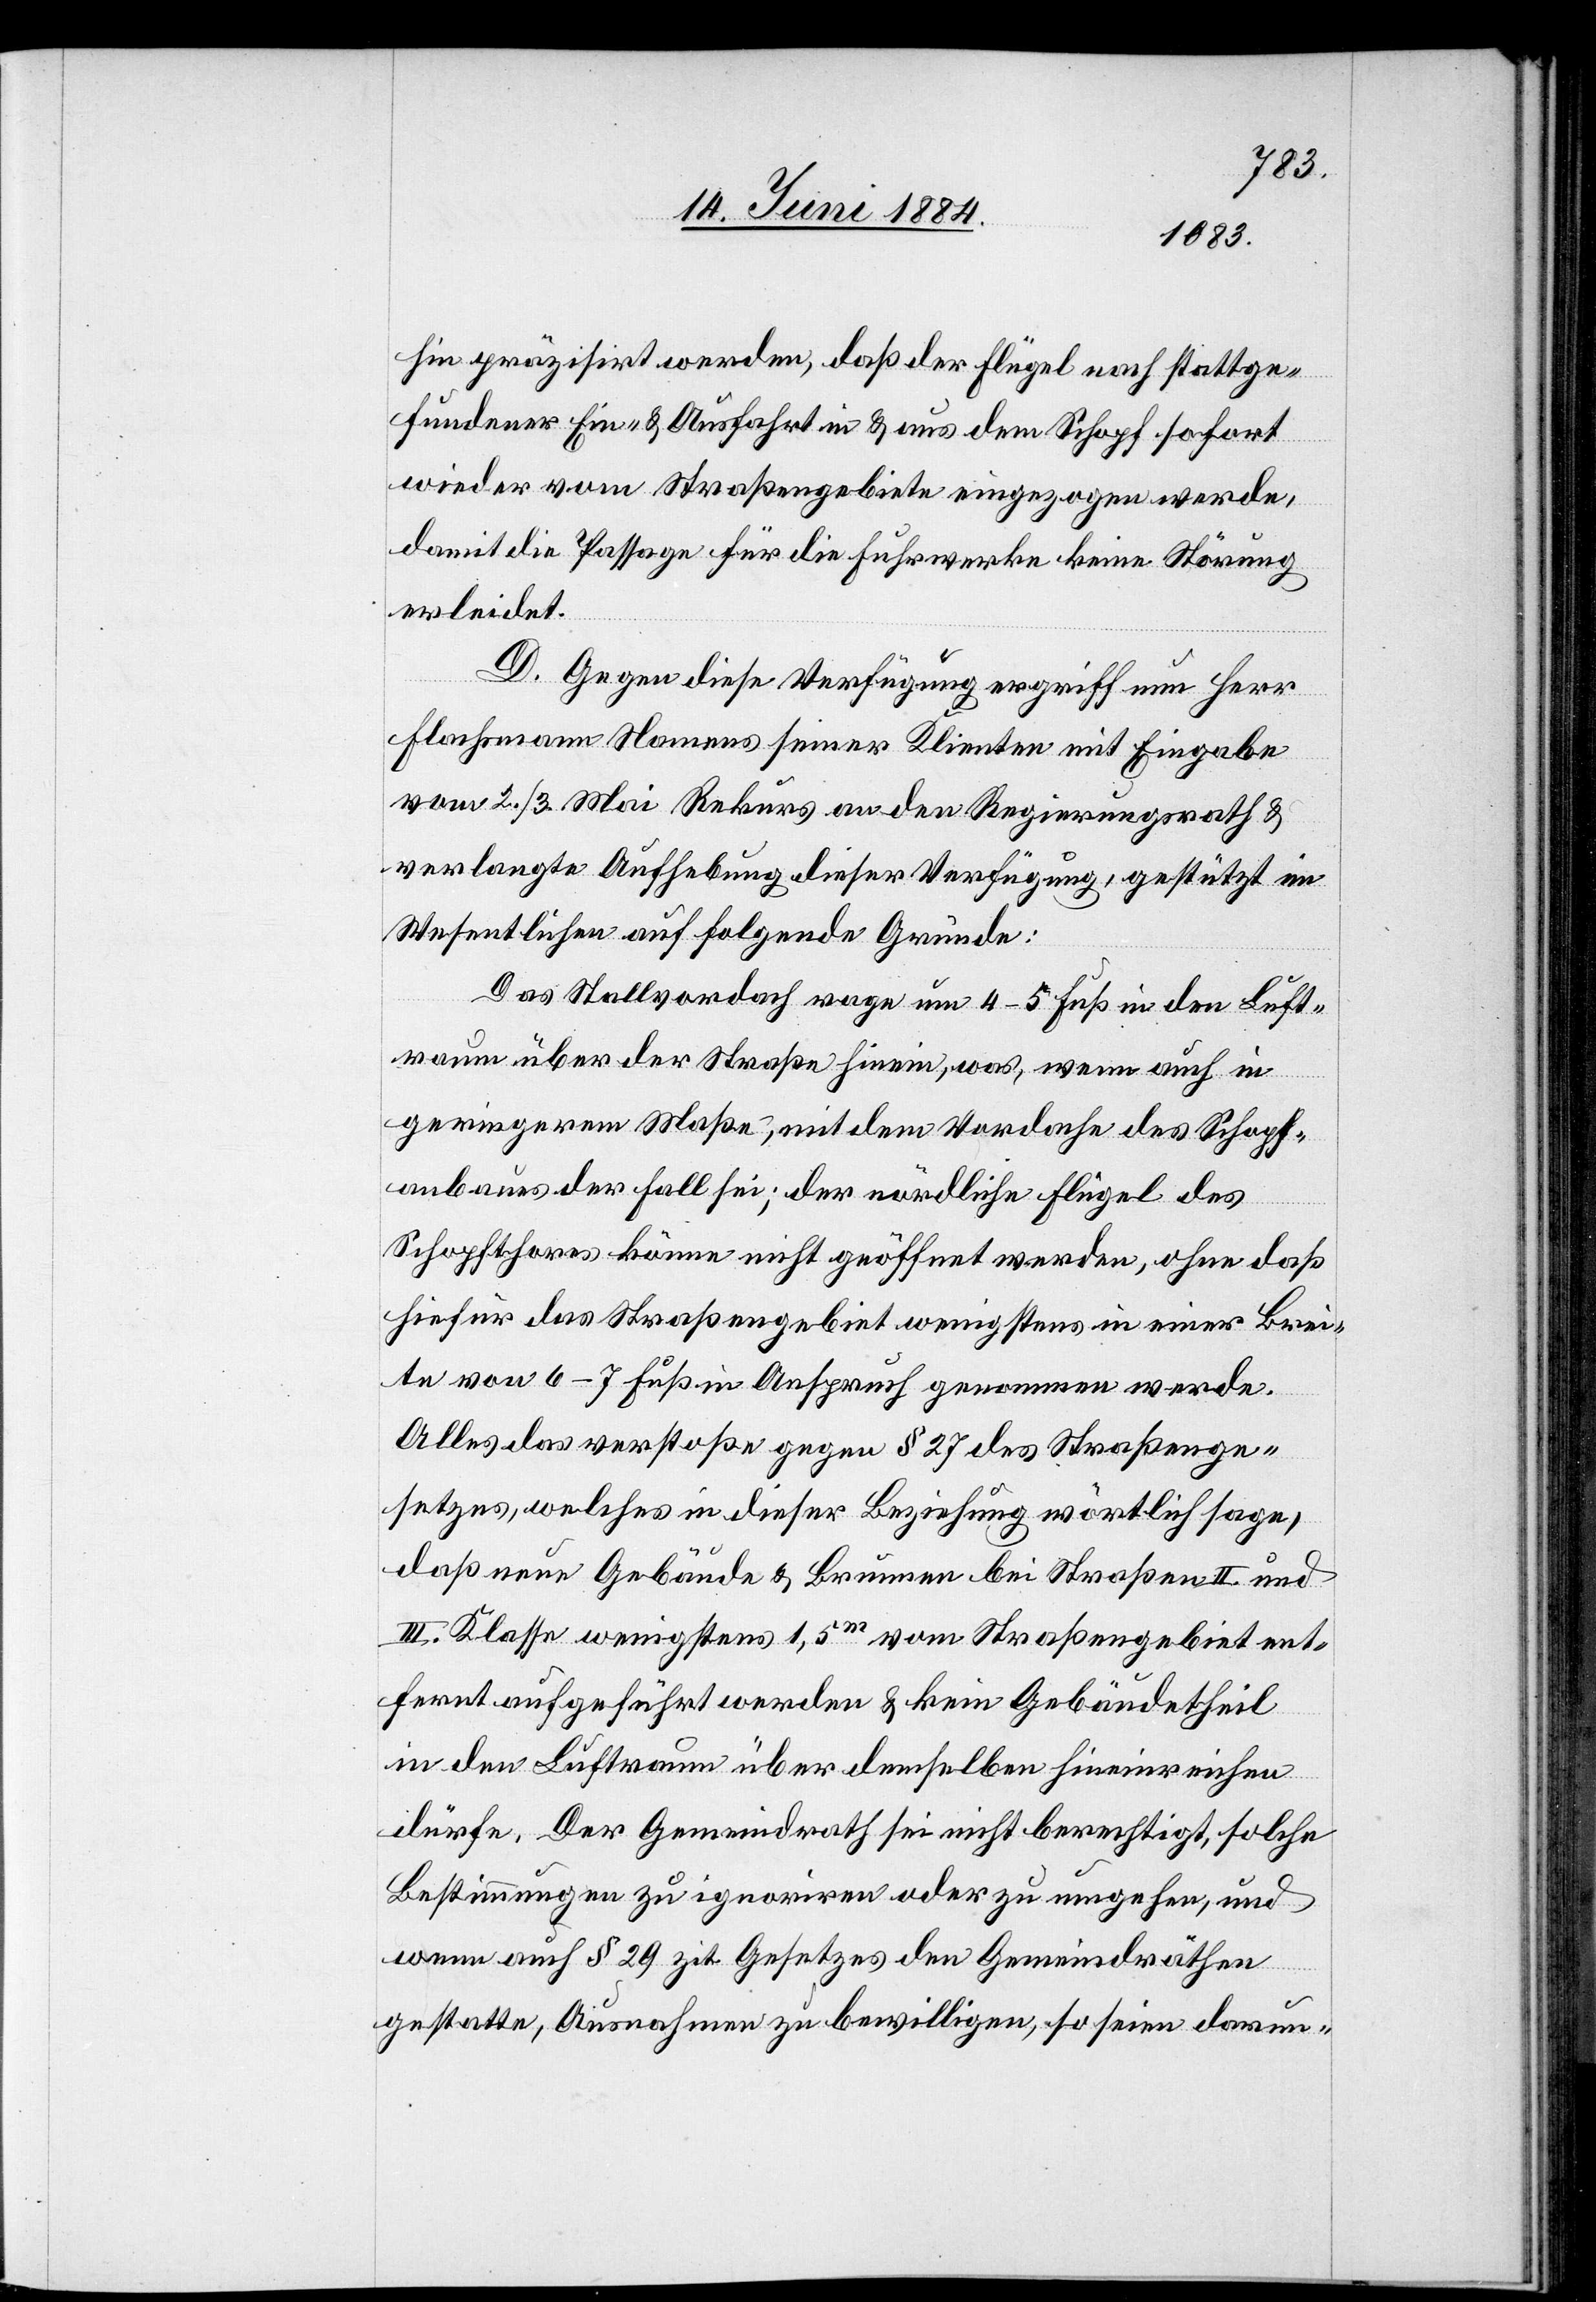
hin präzisirt werden, daß der Flügel nach stattge¬
fundener Ein- & Ausfahrt in & aus dem Schopf sofort
wieder vom Straßengebiete eingezogen werde,
damit die Passage für die Fuhrwerke keine Störung
erleidet.
D. Gegen diese Verfügung ergriff nun Herr
Flachmann Namens seiner Klienten mit Eingabe
vom 2./3. Mai Rekurs an den Regierungsrath &
verlangte Aufhebung dieser Verfügung, gestützt im
Wesentlichen auf folgende Gründe:
Das Stallvordach rage um 4–5 Fuß in den Luft¬
raum über der Straße hinein, was, wenn auch in
geringerem Maße, mit dem Vordache des Schopf¬
anbaus der Fall sei; der nördliche Flügel des
Schopfthores könne nicht geöffnet werden, ohne daß
hierfür das Straßengebiet wenigstens in einer Brei¬
te von 6–7 Fuß in Anspruch genommen werde.
Alles das verstoße gegen § 27 des Straßenge¬
setzes, welches in dieser Beziehung wörtlich sage,
daß neue Gebäude & Brunnen bei Straßen II. und
III. Klasse wenigstens 1,5m vom Straßengebiet ent¬
fernt aufgeführt werden & kein Gebäudetheil
in den Luftraum über denselben hineinriechen
dürfe. Der Gemeindrath sei nicht berechtigt, solche
Bestimmungen zu ignoriren oder zu umgehen, und
wenn auch § 29 zit. Gesetzes den Gemeindräthen
gestatte, Ausnahmen zu bewilligen, so seien darun-